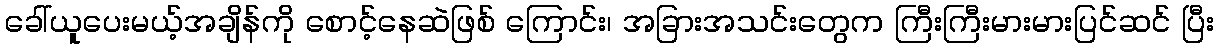
ခေါ်ယူပေးမယ့်အချိန်ကို စောင့်နေဆဲဖြစ် ကြောင်း၊ အခြားအသင်းတွေက ကြီးကြီးမားမားပြင်ဆင် ပြီး